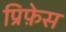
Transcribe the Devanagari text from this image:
प्रिफ़ेस